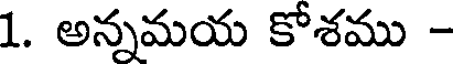
1. అన్నమయ కోశము -